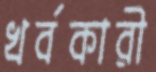
খর্বকারী